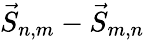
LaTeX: \vec{S}_{n,m}-\vec{S}_{m,n}